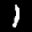
Label: 1